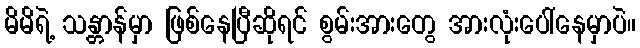
မိမိရဲ့ သန္တာန်မှာ ဖြစ်နေပြီဆိုရင် စွမ်းအားတွေ အားလုံးပေါ်နေမှာပဲ။